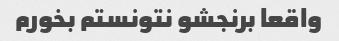
واقعا برنجشو نتونستم بخورم